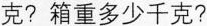
克?箱重多少千克?